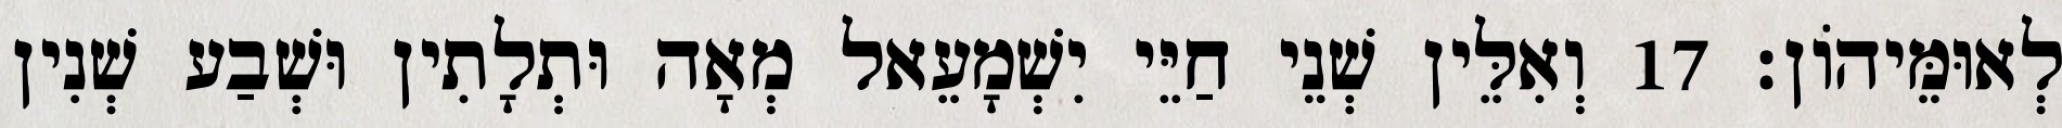
לְאוּמֵּיהוֹן׃ 17 וְאִלֵּין שְׁנֵי חַיֵּי יִשְׁמָעֵאל מְאָה וּתְלָתִין וּשְׁבַע שְׁנִין